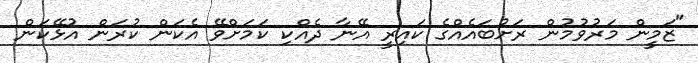
"ޒަމީން މަރުވުމުން ރަށުބައެއްގެ ކައިރީ އޭނާ ދެއްކި ކަމަށްވޭ އެކަން ކުރަން އުޅޭކަން